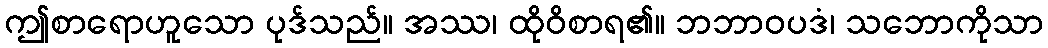
ဤစာရောဟူသော ပုဒ်သည်။ အဿ၊ ထိုဝိစာရ၏။ ဘဘာဝပဒံ၊ သဘောကိုသာ